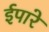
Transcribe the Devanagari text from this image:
ईपारे